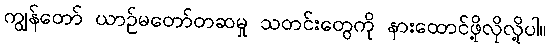
ကျွန်တော် ယာဉ်မတော်တဆမှု သတင်းတွေကို နားထောင်ဖို့လိုလို့ပါ။